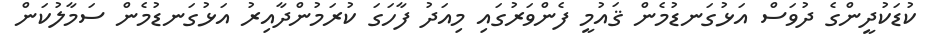
ކުޑަކުދީންގެ ދުވަސް އަޅުގަނޑުމެން ޤައުމީ ފެންވަރުގައި މިއަދު ފާހަގަ ކުރަމުންދާއިރު އަޅުގަނޑުމެން ސަމާލުކަން